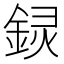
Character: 𬫟